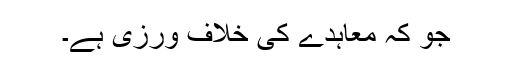
جو کہ معاہدے کی خلاف ورزی ہے۔